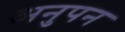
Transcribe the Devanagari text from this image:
अनुपन